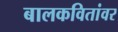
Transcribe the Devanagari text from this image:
बालकवितांवर